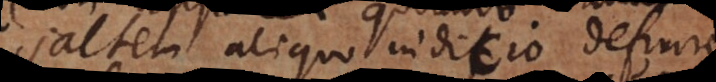
saltem aliquo indicio definire,